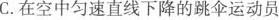
C.在空中匀速直线下降的跳伞运动员